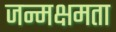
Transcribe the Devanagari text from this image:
जन्मक्षमता